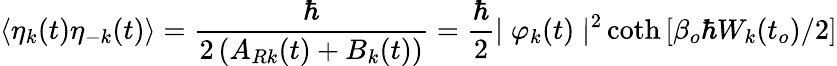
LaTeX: \langle\eta_{k}(t)\eta_{-k}(t)\rangle=\frac{\hbar}{2\left(A_{Rk}(t)+B_{k}(t)\right)}=\frac{\hbar}{2}{\mid\varphi_{k}(t)\mid^{2}}\coth\left[\beta_{o}\hbar W_{k}(t_{o})/2\right]